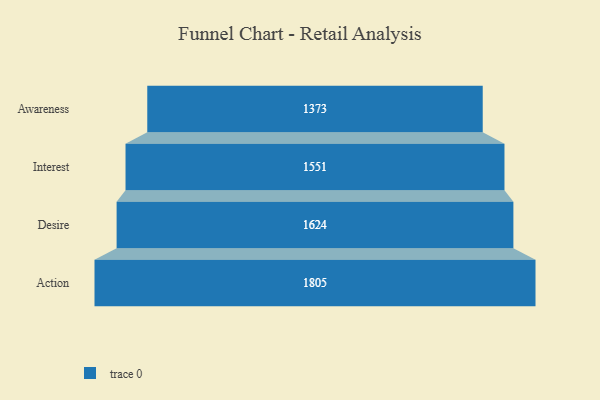
{"axis": {"x": "Stage", "y": "Value"}, "legend": [""], "data": [{"x": "Awareness", "y": 1373.0, "type": ""}, {"x": "Interest", "y": 1551.0, "type": ""}, {"x": "Desire", "y": 1624.0, "type": ""}, {"x": "Action", "y": 1805.0, "type": ""}]}